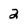
Character: 2